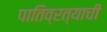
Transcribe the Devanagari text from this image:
पातिव्रत्याची